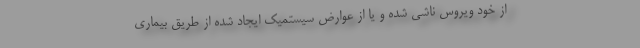
از خود ویروس ناشی شده و یا از عوارضِ سیستمیکِ ایجاد شده از طریق بیماری